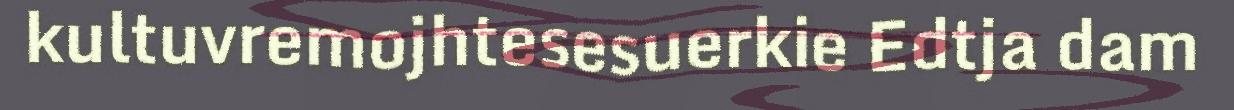
kultuvremojhtesesuerkie Edtja dam